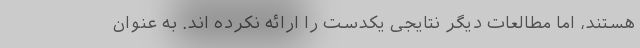
هستند، اما مطالعات دیگر نتایجی یکدست را ارائه نکرده اند. به عنوان